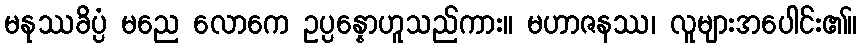
မနုဿခိပ္ပံ မညေ လောကေ ဥပ္ပန္နောဟူသည်ကား။ မဟာဇနဿ၊ လူများအပေါင်း၏။